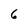
Character: 6